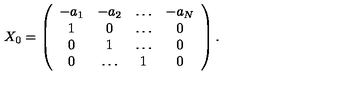
X _ { 0 } = \left( \begin{array} { c c c c } { - a _ { 1 } } & { - a _ { 2 } } & { \dots } & { - a _ { N } } \\ { 1 } & { 0 } & { \dots } & { 0 } \\ { 0 } & { 1 } & { \dots } & { 0 } \\ { 0 } & { \dots } & { 1 } & { 0 } \\ \end{array} \right) .